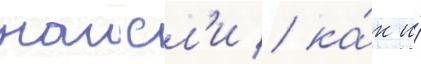
наисл'и / ка́к и́